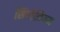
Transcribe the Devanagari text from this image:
सिंपोझियम